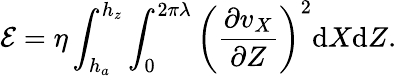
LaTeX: \mathcal{E}=\eta\int_{h_{a}}^{h_{z}}\int_{0}^{2\pi\lambda}\left(\frac{\partial v_{X}}{\partial Z}\right)^{2}\mathrm{d}X\mathrm{d}Z.